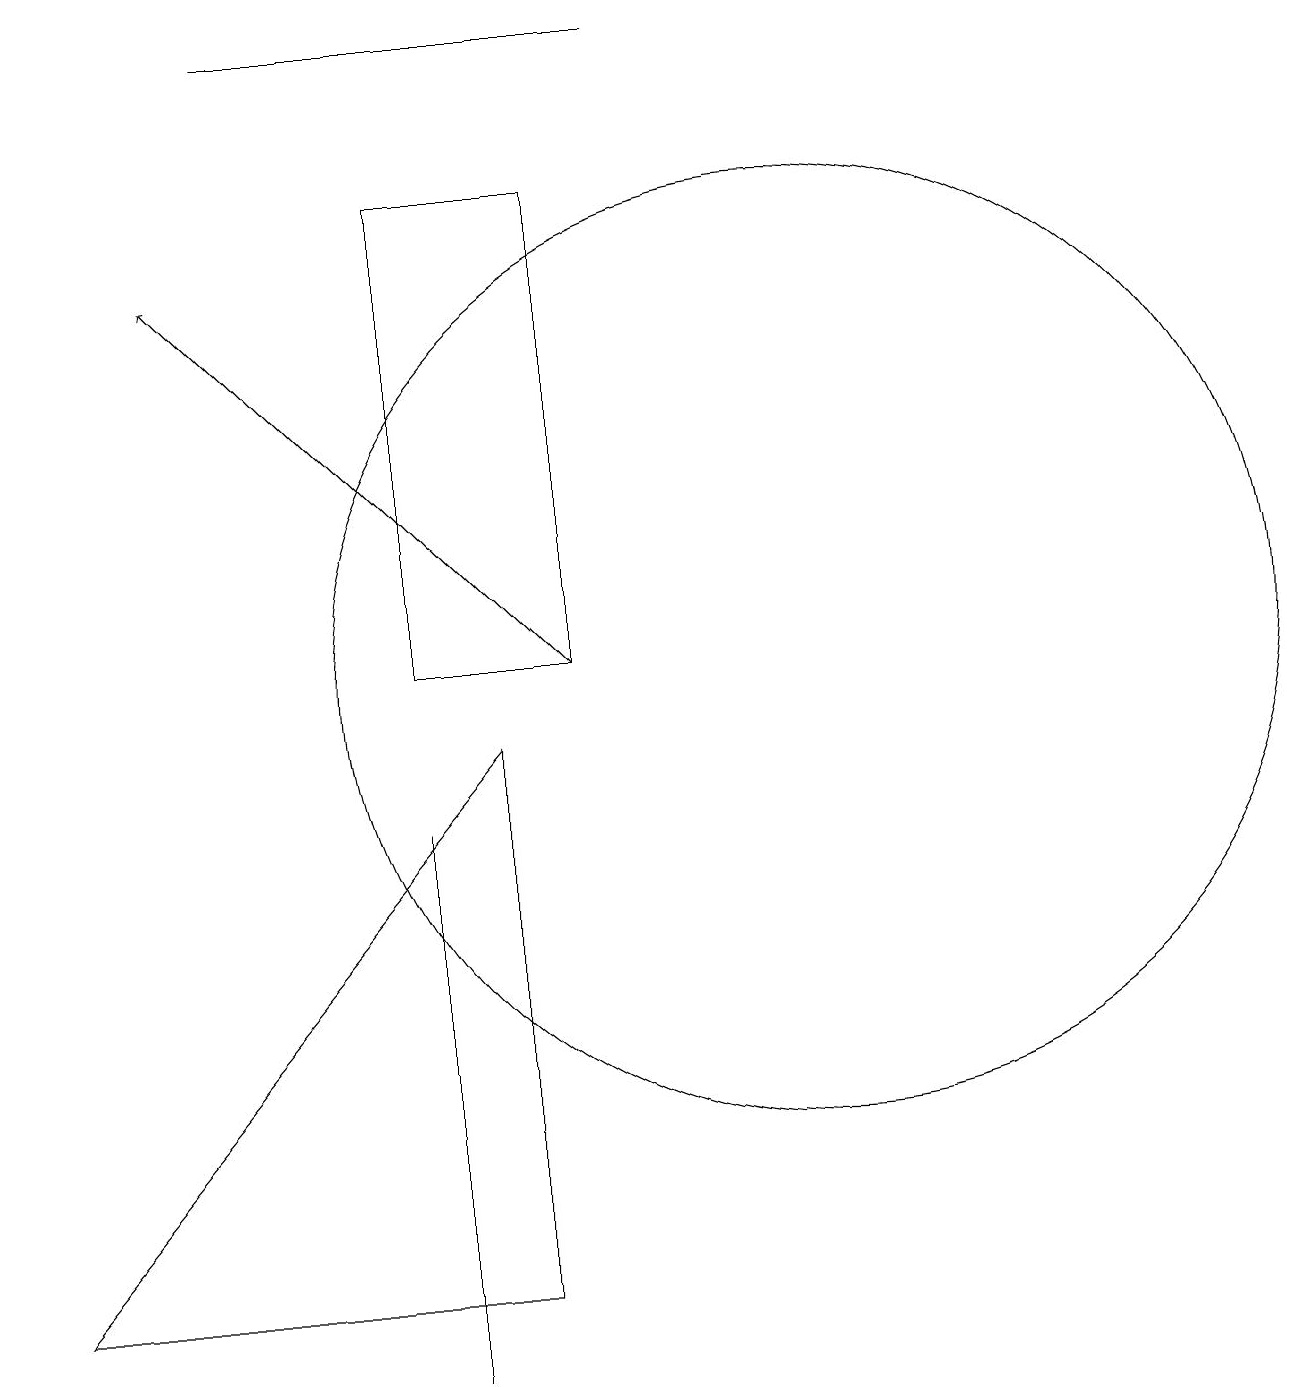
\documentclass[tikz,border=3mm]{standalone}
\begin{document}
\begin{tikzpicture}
\draw (0,2) -- (6,9) -- (6,2) -- cycle;
\draw (5,16) rectangle (7,10);
\draw (8,18) rectangle (3,18);
\draw (5,8) -- (5,3) -- (5,1) -- cycle;
\draw (10,10) circle (6);
\draw[->] (7,10) -- (2,15);
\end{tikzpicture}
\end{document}